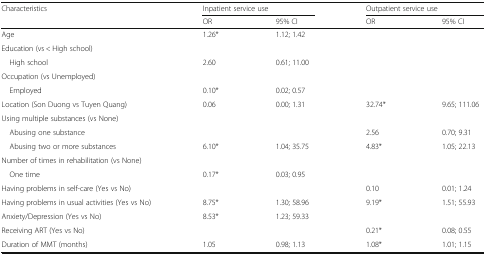
<table><thead><tr><td rowspan="2"><b>Characteristics</b></td><td colspan="2"><b>Inpatient service use</b></td><td colspan="2"><b>Outpatient service use</b></td></tr><tr><td><b>OR</b></td><td><b>95% CI</b></td><td><b>OR</b></td><td><b>95% CI</b></td></tr></thead><tbody><tr><td>Age</td><td>1.26*</td><td>1.12; 1.42</td><td></td><td></td></tr><tr><td colspan="5">Education (vs &lt; High school)</td></tr><tr><td> High school</td><td>2.60</td><td>0.61; 11.00</td><td></td><td></td></tr><tr><td colspan="5">Occupation (vs Unemployed)</td></tr><tr><td> Employed</td><td>0.10*</td><td>0.02; 0.57</td><td></td><td></td></tr><tr><td>Location (Son Duong vs Tuyen Quang)</td><td>0.06</td><td>0.00; 1.31</td><td>32.74*</td><td>9.65; 111.06</td></tr><tr><td colspan="5">Using multiple substances (vs None)</td></tr><tr><td> Abusing one substance</td><td></td><td></td><td>2.56</td><td>0.70; 9.31</td></tr><tr><td> Abusing two or more substances</td><td>6.10*</td><td>1.04; 35.75</td><td>4.83*</td><td>1.05; 22.13</td></tr><tr><td colspan="5">Number of times in rehabilitation (vs None)</td></tr><tr><td> One time</td><td>0.17*</td><td>0.03; 0.95</td><td></td><td></td></tr><tr><td>Having problems in self-care (Yes vs No)</td><td></td><td></td><td>0.10</td><td>0.01; 1.24</td></tr><tr><td>Having problems in usual activities (Yes vs No)</td><td>8.75*</td><td>1.30; 58.96</td><td>9.19*</td><td>1.51; 55.93</td></tr><tr><td>Anxiety/Depression (Yes vs No)</td><td>8.53*</td><td>1.23; 59.33</td><td></td><td></td></tr><tr><td>Receiving ART (Yes vs No)</td><td></td><td></td><td>0.21*</td><td>0.08; 0.55</td></tr><tr><td>Duration of MMT (months)</td><td>1.05</td><td>0.98; 1.13</td><td>1.08*</td><td>1.01; 1.15</td></tr></tbody></table>